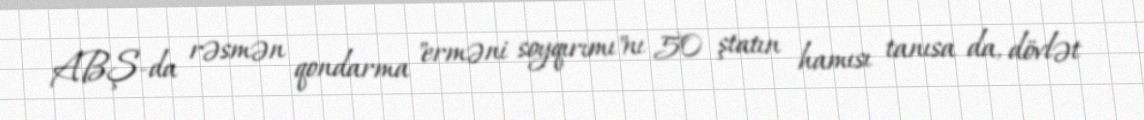
ABŞ-da rəsmən qondarma "erməni soyqırımı"nı 50 ştatın hamısı tanısa da, dövlət